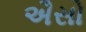
ઐસો